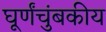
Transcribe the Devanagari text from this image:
घूर्णंचुंबकीय